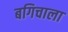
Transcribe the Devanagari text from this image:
बगिचाला